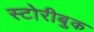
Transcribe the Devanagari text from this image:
स्टोरीबुक